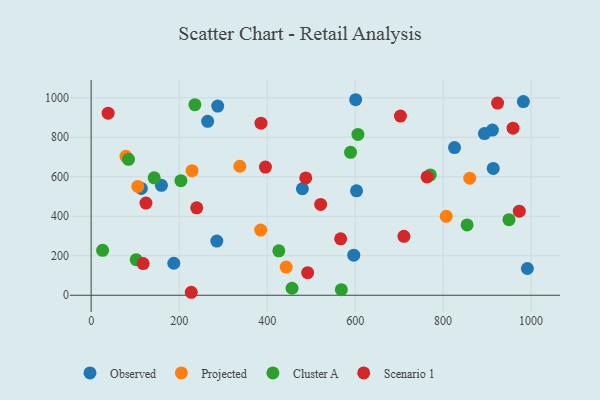
{"axis": {"x": "Investment", "y": "Rating"}, "legend": ["Cluster A", "Observed", "Projected", "Scenario 1"], "data": [{"x": "893.9", "y": 818.3, "type": "Observed"}, {"x": "991.5", "y": 135.4, "type": "Observed"}, {"x": "264.8", "y": 880.7, "type": "Observed"}, {"x": "603.2", "y": 528.9, "type": "Observed"}, {"x": "982.4", "y": 980.7, "type": "Observed"}, {"x": "596.9", "y": 202.7, "type": "Observed"}, {"x": "913.9", "y": 641.9, "type": "Observed"}, {"x": "287.7", "y": 957.6, "type": "Observed"}, {"x": "825.9", "y": 747.8, "type": "Observed"}, {"x": "159.7", "y": 556.5, "type": "Observed"}, {"x": "187.9", "y": 162.1, "type": "Observed"}, {"x": "912.0", "y": 836.4, "type": "Observed"}, {"x": "480.1", "y": 539.2, "type": "Observed"}, {"x": "601.2", "y": 989.9, "type": "Observed"}, {"x": "114.0", "y": 540.7, "type": "Observed"}, {"x": "285.6", "y": 274.3, "type": "Observed"}, {"x": "106.0", "y": 551.0, "type": "Projected"}, {"x": "443.3", "y": 142.7, "type": "Projected"}, {"x": "229.3", "y": 630.8, "type": "Projected"}, {"x": "79.1", "y": 703.5, "type": "Projected"}, {"x": "807.1", "y": 399.7, "type": "Projected"}, {"x": "860.5", "y": 592.6, "type": "Projected"}, {"x": "385.4", "y": 330.1, "type": "Projected"}, {"x": "337.9", "y": 653.2, "type": "Projected"}, {"x": "606.4", "y": 814.3, "type": "Cluster A"}, {"x": "102.4", "y": 180.3, "type": "Cluster A"}, {"x": "456.6", "y": 35.5, "type": "Cluster A"}, {"x": "770.8", "y": 609.4, "type": "Cluster A"}, {"x": "26.1", "y": 227.5, "type": "Cluster A"}, {"x": "235.8", "y": 964.9, "type": "Cluster A"}, {"x": "589.6", "y": 723.8, "type": "Cluster A"}, {"x": "143.3", "y": 594.3, "type": "Cluster A"}, {"x": "84.9", "y": 688.2, "type": "Cluster A"}, {"x": "854.5", "y": 356.0, "type": "Cluster A"}, {"x": "204.0", "y": 580.0, "type": "Cluster A"}, {"x": "949.7", "y": 382.8, "type": "Cluster A"}, {"x": "568.7", "y": 28.1, "type": "Cluster A"}, {"x": "426.6", "y": 224.9, "type": "Cluster A"}, {"x": "763.5", "y": 599.2, "type": "Scenario 1"}, {"x": "492.1", "y": 114.2, "type": "Scenario 1"}, {"x": "227.6", "y": 15.1, "type": "Scenario 1"}, {"x": "973.1", "y": 425.6, "type": "Scenario 1"}, {"x": "38.6", "y": 921.7, "type": "Scenario 1"}, {"x": "118.2", "y": 160.2, "type": "Scenario 1"}, {"x": "124.6", "y": 466.7, "type": "Scenario 1"}, {"x": "567.1", "y": 285.8, "type": "Scenario 1"}, {"x": "239.9", "y": 442.8, "type": "Scenario 1"}, {"x": "703.0", "y": 907.3, "type": "Scenario 1"}, {"x": "396.1", "y": 648.7, "type": "Scenario 1"}, {"x": "386.0", "y": 871.4, "type": "Scenario 1"}, {"x": "710.9", "y": 298.1, "type": "Scenario 1"}, {"x": "521.6", "y": 459.7, "type": "Scenario 1"}, {"x": "923.8", "y": 972.9, "type": "Scenario 1"}, {"x": "958.9", "y": 846.1, "type": "Scenario 1"}, {"x": "487.8", "y": 594.2, "type": "Scenario 1"}]}